画像に写った文字を読んでください
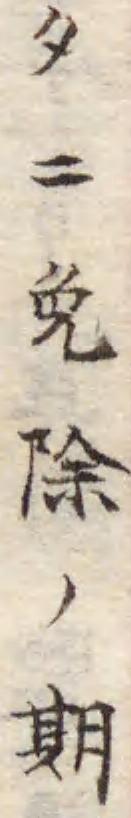
「タニ免除ノ期」と書いてあります